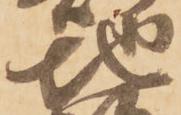
地